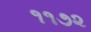
૧૧૭૨